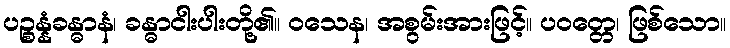
ပဉ္စန္နံခန္ဓာနံ၊ ခန္ဓာငါးပါးတို့၏။ ဝသေန၊ အစွမ်းအားဖြင့်။ ပဝတ္တေ၊ ဖြစ်သော။